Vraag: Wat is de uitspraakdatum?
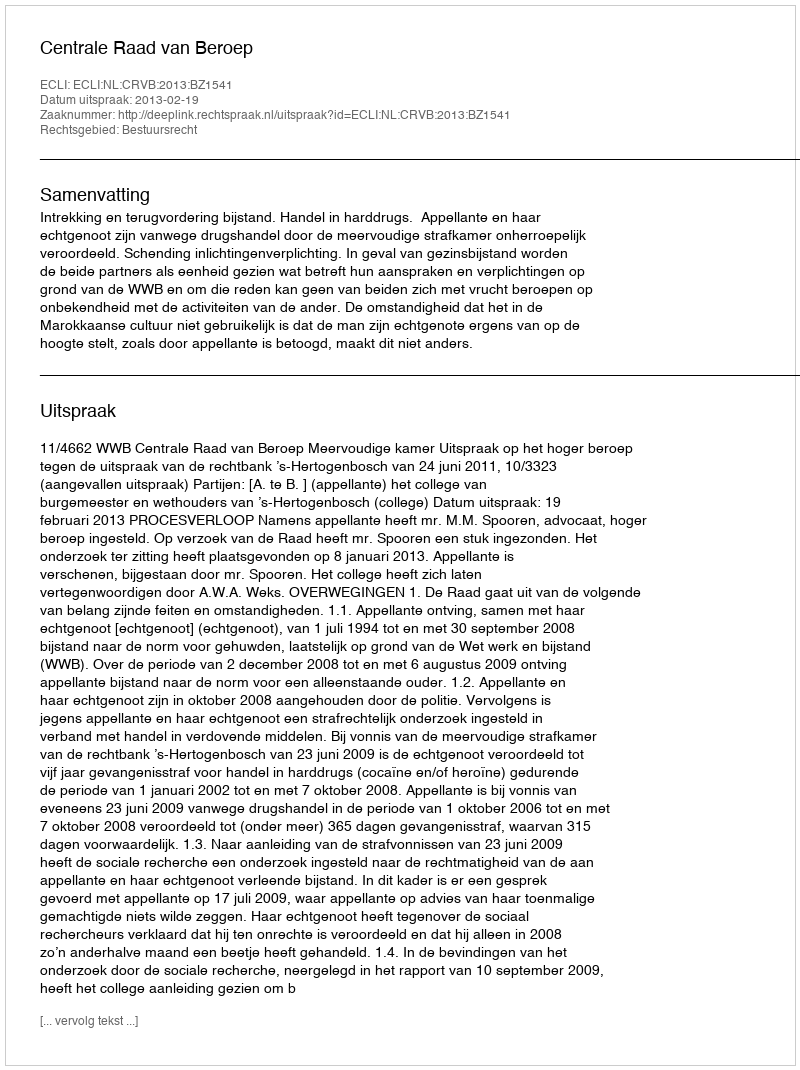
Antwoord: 2013-02-19